Civil Veterinary Department. United Provinces 1912-22 - 1912-1922
Year: 1912
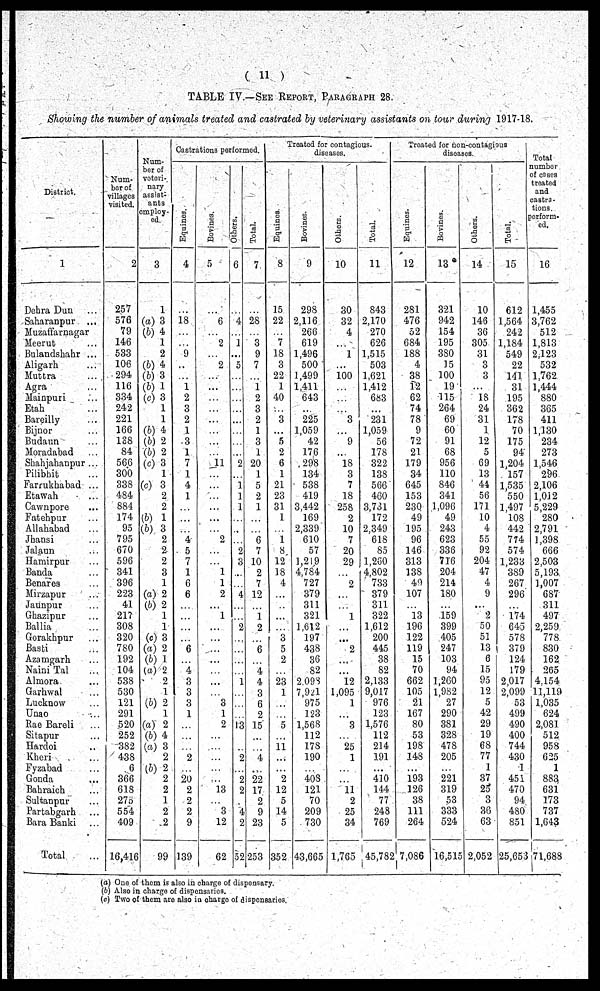
(11)
TABLE IV.—See Report, Paragraph 28.
Showing the number of animals treated and castrated by veterinary assistants on tour during 1917-18.
District.
1
Dehra Dun ...
Saharanpur
...
Muzaffarnagar
Meerut ...
Bulandshahr ...
Aligarh ...
Muttra ...
Agra ...
Mainpuri ...
Etah ...
Baveilly ...
Bijnor ...
Budaun ...
Moradabad ...
Shahjahanpur ...
Pilibhit ...
Farrukhabad ...
Etawah ...
Cawnpore ...
Fatehpur ...
Allahabad ...
Jhansi ...
Jalaun ...
Hamirpur ...
Banda ...
Benares ...
Mirzapur ...
Jaunpur ...
Ghazipur ...
Ballia ...
Gorakhpur ...
Basti ...
Azamgarh ...
Naini Tal ...
Almora ...
Garhwal ...
Lucknow ...
Unao ...
Rae Bareli ...
Sitapur ...
Hardoi ..
Kheri ...
Fyzabad ...
Gonda ...
Bahraich ...
Sultanpur ...
Partabgarh ...
Bara Banki
Total ...
Num-
ber of
villages
visited.
2
257
576
79
146
533
106
294
116
334
242
221
166
138
84
566
300
338
484
884
174
95
795
670
596
341
396
223
41
217
308
320
780
192
104
538
530
121
291
520
252
382
438
6
366
618
275
554
409
16,416
Num-
ber of
veteri-
nary
assist-
ants
employ-
ed.
3
1
(a) 3
(b) 4
1
2
(b) 4
(6) 3
(6) 1
(c) 3
1
1
(6) 4
(b) 2
(6) 2
(c) 3
1
(c) 3
2
2
(6) 1
(6) 3
2
2
2
3
1
(a) 2
(6) 2
1
1
(c) 3
(a) 2
(6) 1
(a) 2
2
1
(6) 2
1
(a) 2
(6) 4
(a) 3
2
(6) 2
2
2
1
2
2
99
Castrations performed.
Equines.
4
...
18
...
...
9
...
...
1
2
3
2
1
3
1
7
1
4
1
...
...
...
4
5
7
1
6
6
...
...
...
...
6
...
4
3
3
3
1
...
...
...
2
...
20
2
2
2
9
139
Bovines.
5
...
6
...
2
...
2
...
...
...
...
...
...
...
...
11
...
...
...
...
...
...
2
...
...
1
1
2
...
1
...
...
...
...
...
...
...
3
1
2
...
...
...
...
...
13
...
3
12
62
Others.
6
...
4
...
1
...
5
...
...
...
...
...
...
...
...
2
...
1
1
1
...
...
2
3
...
4
...
...
2
...
...
...
...
1
...
...
...
13
...
...
2
...
2
2
...
4
2
52
Total.
7
...
28
...
3
9
7
...
1
2
3
2
1
3
1
20
1
5
2
1
...
...
6
7
10
2
7
12
...
1
2
...
6
...
4
4
3
6
2
15
...
...
4
...
22
17
2
9
23
253
Treated for contagious
diseases.
Equines.
8
15
22
...
7
18
3
22
1
40
...
3
...
5
2
6
1
21
23
31
1
...
1
8
12
18
4
...
...
...
...
3
5
2
...
23
1
...
...
5
...
11
...
...
2
12
5
14
5
352
Bovines.
9
298
2,116
266
619
1,496
500
1,499
1,411
643
...
225
1,059
42
176
298
134
538
419
3,442
169
2,339
610
57
1,219
4,784
727
379
311
321
1,612
197
438
36
82
2,098
7,92l
975
123
1,568
112
178
190
...
408
121
70
209
730
43,665
Others.
10
30
32
4
...
1
...
100
...
...
...
3
...
9
...
18
3
7
18
258
2
10
7
20
29
2
...
...
1
...
...
2
...
...
12
1,095
1
...
3
...
25
1
...
...
11
2
25
34
1,765
Total.
11
843
2,170
270
626
1,515
503
1,621
1,412
683
...
231
1,059
56
178
322
138
566
460
3,731
172
2,349
618
85
1,260
4,802
733
379
311
322
1,612
200
445
38
82
2,133
9,017
976
123
1,576
112
214
191
...
410
144
77
248
769
45,782
Treated for non-contagious
discases.
Equines.
12
281
476
52
684
188
4
38
12
62
74
78
9
72
21
179
34
645
153
230
49
195
96
146
313
138
49
107
...
13
196
122
119
15
70
662
105
21
167
80
53
198
148
...
193
126
38
111
264
7,086
Bovines.
13
321
942
154
195
380
15
100
19
115
264
69
60
91
68
956
110
846
341
1,096
49
243
623
336
716
204
214
180
...
159
399
405
247
103
94
1,260
1,982
27
290
381
328
478
205
...
221
319
53
333
524
16,515
Others.
14
10
146
36
305
31
3
3
...
18
24
31
1
12
5
69
13
44
56
171
10
4
55
92
204
47
4
9
...
2
50
51
13
6
15
95
12
5
42
29
19
68
77
1
37
25
3
3
36
63
2,052
Total.
15
612
1,564
242
1,184
549
22
141
31
195
362
178
70
175
94
1,204
157
1,535
550
1,497
108
442
774
574
1,233
389
267
296
...
174
645
578
379
124
179
2,017
2,099
53
499
490
400
744
430
1
451
470
94
480
851
25,653
Total
number
of cases
treated
and
castra-
tions.
perform-
ed.
16
1,455
3,762
512
1,813
2,123
532
1,762
1,444
880
365
411
1,130
234
273
1,546
296
2,106
1,012
5,229
280
2,791
1,398
666
2,503
5,193.
1,007
687
311
497
2,259
778
830
162
265
4,154
11,119
1,035
624
2,081
512
958
625
1
883
631
173
737
1,643
71,688
(a) One of them is also in charge of dispensary.
(b) Also in charge of dispensaries.
(c) Two of them are also in charge of dispensaries.